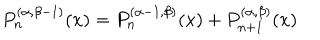
P _ { n } ^ { ( \alpha , \beta - 1 ) } ( x ) = P _ { n } ^ { ( \alpha - 1 , \beta ) } ( x ) + P _ { n + 1 } ^ { ( \alpha , \beta ) } ( x )